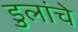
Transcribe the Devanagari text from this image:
डुलांचे